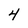
Character: 4